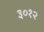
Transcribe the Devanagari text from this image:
३०१२